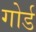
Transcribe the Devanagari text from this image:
गोर्ड